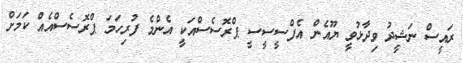
ރައީސް ނަޝީދު ވިދާޅުވީ ޔޫއެން އެފްސީސީސީ ޕްރޮސެސްއަކީ އެންމެ ފުރިހަމަ ޕްރޮސެސްއެއް ކަމަށް